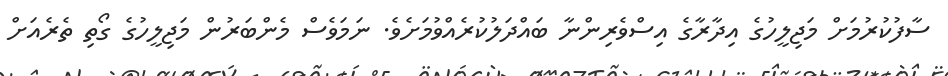
ސާފުކުރުމަށް މަޖިލީހުގެ އިދާރާގެ އިސްވެރިންނާ ބައްދަލުކުރެއްވުމަށެވެ. ނަމަވެސް މެންބަރުން މަޖިލީހުގެ ގޯތި ތެރެއަށް